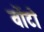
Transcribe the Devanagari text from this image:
वोंटो